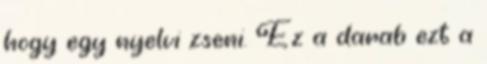
hogy egy nyelvi zseni. Ez a darab ezt a